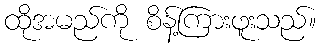
ထိုအမည်ကို စိန့်ကြားဖူးသည်။